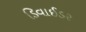
ડિવાઈડર